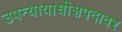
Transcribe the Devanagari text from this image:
उपन्यायाधीशपदावर